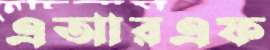
এআরএফ